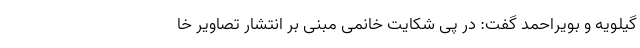
گیلویه و بویراحمد گفت: در پی شکایت خانمی مبنی بر انتشار تصاویر خا